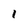
Character: 1